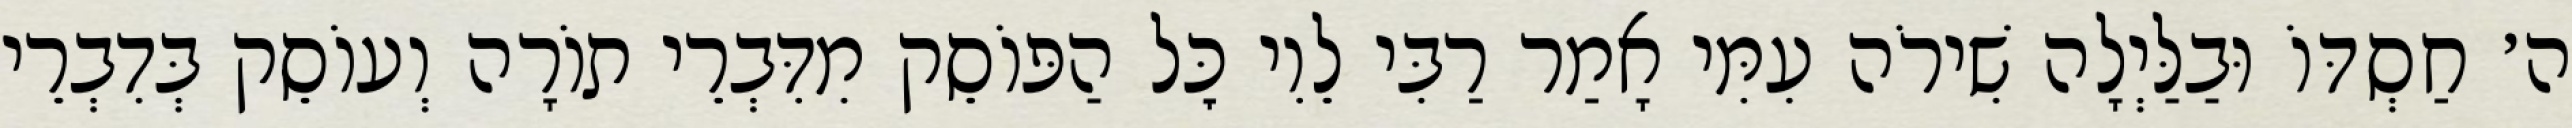
ה׳ חַסְדּוֹ וּבַלַּיְלָה שִׁירֹה עִמִּי אָמַר רַבִּי לֵוִי כׇּל הַפּוֹסֵק מִדִּבְרֵי תוֹרָה וְעוֹסֵק בְּדִבְרֵי